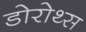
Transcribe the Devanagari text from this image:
डोरोथ्स